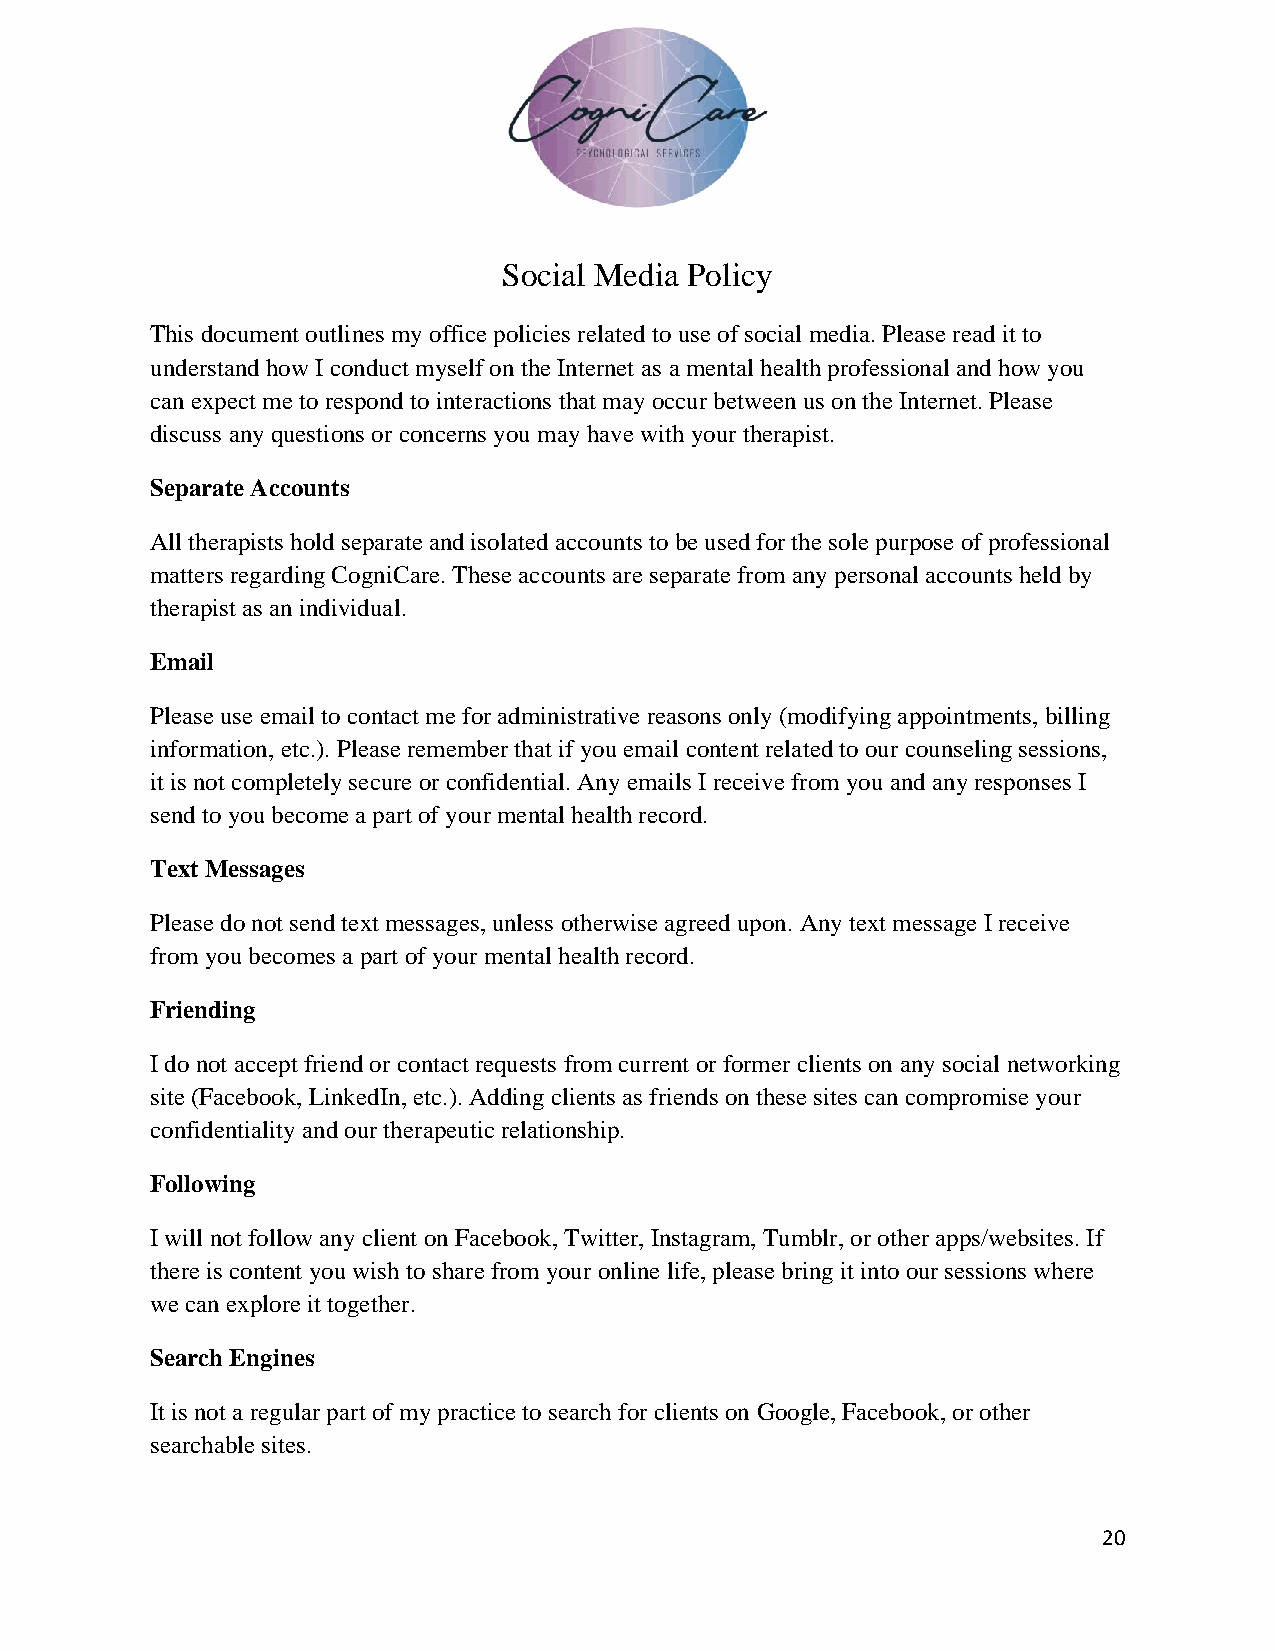
Social Media Policy
 This document outlines my office policies related to use of social media. Please read it to
 understand how I conduct myself on the Internet as a mental health professional and how you
 can expect me to respond to interactions that may occur between us on the Internet. Please
 discuss any questions or concerns you may have with your therapist.
 Separate Accounts
 All therapists hold separate and isolated accounts to be used for the sole purpose of professional
 matters regarding CogniCare. These accounts are separate from any personal accounts held by
 therapist as an individual.
 Email
 Please use email to contact me for administrative reasons only (modifying appointments, billing
 information, etc.). Please remember that if you email content related to our counseling sessions,
 it is not completely secure or confidential. Any emails I receive from you and any responses I
 send to you become a part of your mental health record.
 Text Messages
 Please do not send text messages, unless otherwise agreed upon. Any text message I receive
 from you becomes a part of your mental health record.
 Friending
 I do not accept friend or contact requests from current or former clients on any social networking
 site (Facebook, LinkedIn, etc.). Adding clients as friends on these sites can compromise your
 confidentiality and our therapeutic relationship.
 Following
 I will not follow any client on Facebook, Twitter, Instagram, Tumblr, or other apps/websites. If
 there is content you wish to share from your online life, please bring it into our sessions where
 we can explore it together.
 Search Engines
 It is not a regular part of my practice to search for clients on Google, Facebook, or other
 searchable sites.
 20